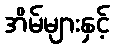
အိမ်များနှင့်